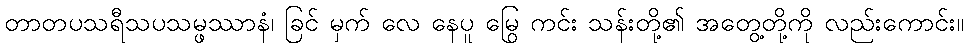
တာတပသရီသပသမ္ဖဿာနံ၊ ခြင် မှက် လေ နေပူ မြွေ ကင်း သန်းတို့၏ အတွေ့တို့ကို လည်းကောင်း။